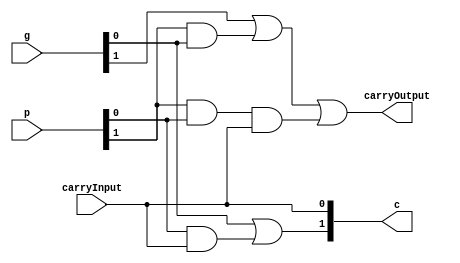
`timescale 1ns / 1ps

module lcu2(
    input [1:0] p,
    input [1:0] g,
    input [0:0] carryInput,
    output [0:0] carryOutput,
    output [1:0] c
    );
	
	// calculating the look-ahead carries using generate block and propogate block from the precceding level
	assign c[0] = carryInput;
    assign c[1] =  g[0] | (p[0] & carryInput);

	assign carryOutput = g[1] | (p[1] & g[0]) | (p[1] & p[0] & carryInput);

endmodule